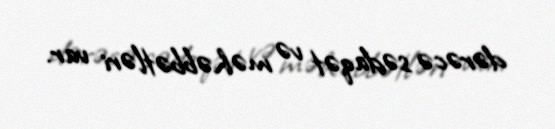
dərəcə sədaqət və məhəbbətləri var.